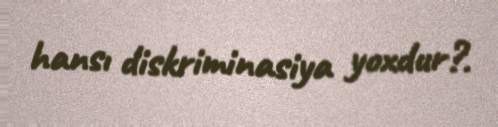
hansı diskriminasiya yoxdur?.